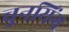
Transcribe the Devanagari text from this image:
चुनयिंग